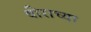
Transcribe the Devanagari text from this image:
वीराच्या